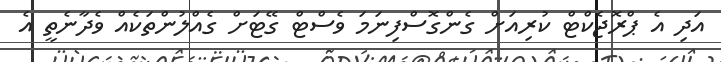
އަދި އެ ޕްރޮޖެކްޓް ކުރިއަށް ގެންގޮސްފިނަމަ ވެސްޓް ގޭޓަށް ގެއްލުންތަކެއް ވެދާނެތީ އެ